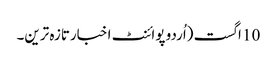
10 اگست (اُردو پوائنٹ اخبارتازہ ترین۔